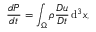
\frac { d P } { d t } = \int _ { \Omega } \rho \frac { D u } { D t } \, \mathrm { d } ^ { 3 } x ,